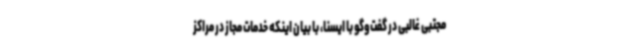
مجتبی غالبی در گفت‌وگو با ایسنا، با بیان اینکه خدمات مجاز در مراکز